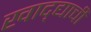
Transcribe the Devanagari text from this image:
खाद्द्याची